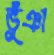
ভুঁঞা